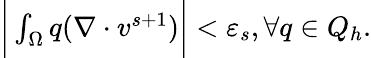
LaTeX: \begin{array}{r}{\bigg|\int_{\Omega}q(\nabla\cdot v^{s+1})\bigg|<\varepsilon_{s},\forall q\in Q_{h}.}\end{array}